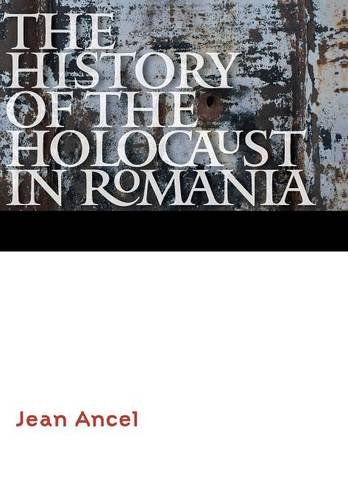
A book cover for The History of the Holocaust in Romania (Comprehensive History of the Holocaust); Jean Ancel; History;